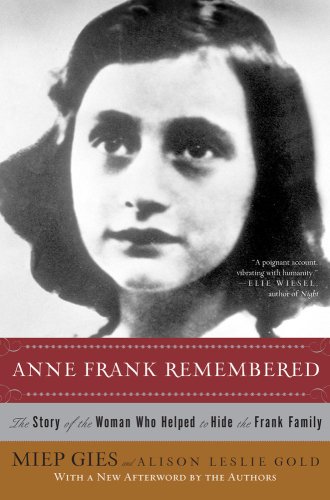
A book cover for Anne Frank Remembered: The Story of the Woman Who Helped to Hide the Frank Family; Miep Gies; Biographies & Memoirs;